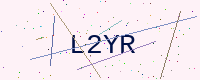
Text: L2YR